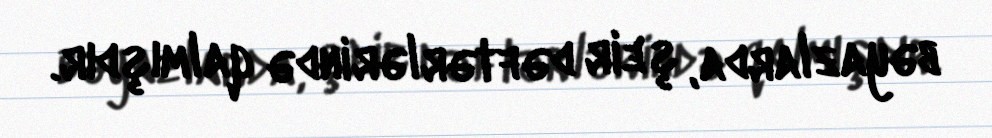
bəyazlarda, şeir dəftərlərində qalmışdır.